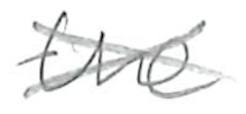
Text: the
Cross-out: cross
Writing tool: pencil